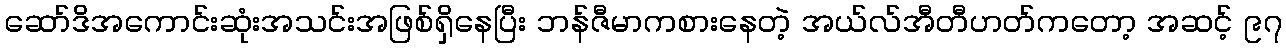
ဆော်ဒိအကောင်းဆုံးအသင်းအဖြစ်ရှိနေပြီး ဘန်ဇီမာကစားနေတဲ့ အယ်လ်အီတီဟတ်ကတော့ အဆင့် ၉၇